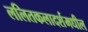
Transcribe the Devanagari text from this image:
ललितकलादर्शमधील